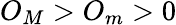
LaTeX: O_{M}>O_{m}>0